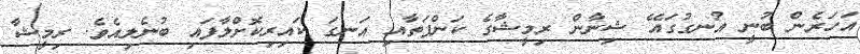
އަހަރެން ބުނީ އުނގުގައޭ ޝިނާން ރިމީޝާގެ ކަންފަތާއި އަނގަ ކައިރިކޮށްލާފައި ބުނެލިއެވެ. ރިމީޝާ